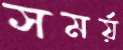
সমর্য়